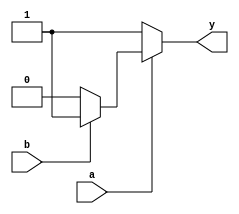
module nested_if_else (
    input wire a,
    input wire b,
    output reg y
);

always @(*) begin
    if (a) begin
        if (b) begin
            y <= 1; // Both a and b are true
        end
        else begin
            y <= 2; // a is true, b is false
        end
    end
    else begin
        y <= 3; // a is false
    end
end

endmodule